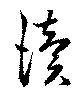
読